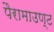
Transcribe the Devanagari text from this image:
पैरामाउण्ट